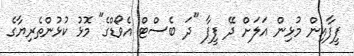
ފީފާއިން މުޅިން އަލަށް ދޭ ފީފާ "ދަ ބެސްޓް އެވޯޑްގެ" މޮޅު ކުޅުންތެރިޔާގެ